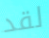
لقد